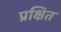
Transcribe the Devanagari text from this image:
प्रक्षित